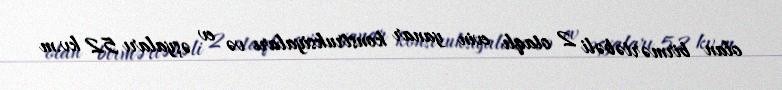
olan birmərtəbəli 2 otaqlı evin yanar konstruksiyaları və ev əşyaları 52 kv.m